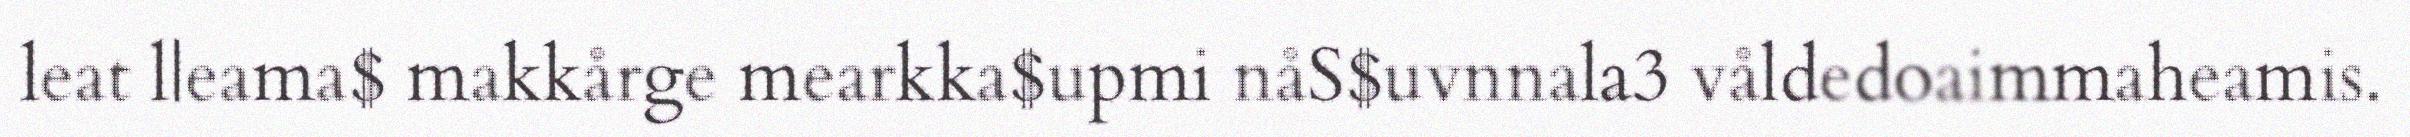
leat l|eama$ makkårge mearkka$upmi nåS$uvnnala3 våldedoaimmaheamis.